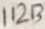
Text: 11213